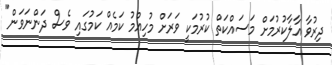
ދިރުވާ އާލާކުރުމަށް މަސައްކަތް ކުރުމަކީ ވަރަށް މުހިއްމު ކަމެއް ކަމުގައި ވެސް ދަންނަވަން"